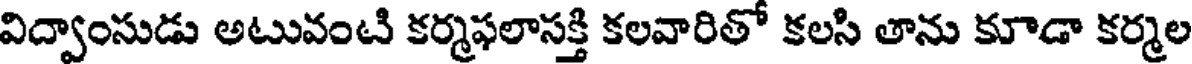
విద్వాంసుడు అటువంటి కర్మఫలాసక్తి కలవారితో కలసి తాను కూడా కర్మల